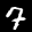
Digit: 7